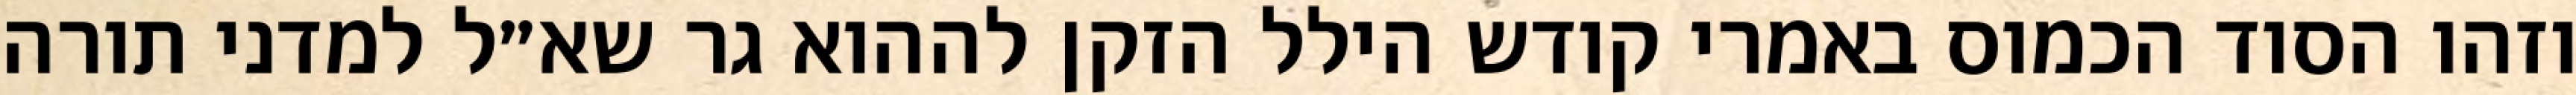
וזהו הסוד הכמוס באמרי קודש הילל הזקן לההוא גר שא״ל למדני תורה